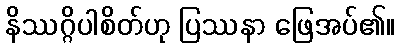
နိဿဂ္ဂိပါစိတ်ဟု ပြဿနာ ဖြေအပ်၏။